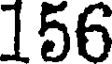
156